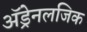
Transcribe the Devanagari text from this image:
अॅड्रेनलजिक